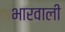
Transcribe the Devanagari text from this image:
भारवाली